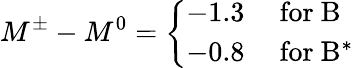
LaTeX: M^{\pm}-M^{0}=\left\{ \begin{array}{rl}{{-1.3}}&{{\mathrm{~for~B}}}\\ {{-0.8}}&{{\mathrm{~for~B^{*}~}}}\end{array}\right.